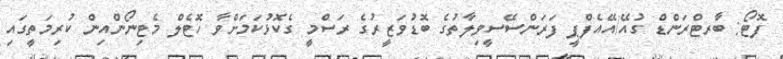
ފޮޓޯ: ބާރޓްރަންޑް ގުއޭ/އޭއެފްޕީ ފަރަންސޭސީވިލާތުގެ ބޮޑުވަޒީރުގެ ރަސްމީ ގެކޮޅުކަމަށްވާ ހޮޓެލް މެޓިނޯންއިން ކުރިމަތީގައި